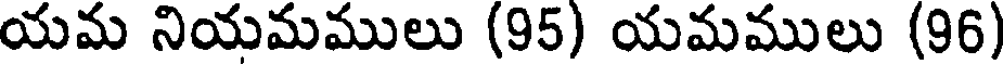
యమ నియమములు (95) యమములు (96)